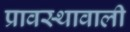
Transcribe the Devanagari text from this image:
प्रावस्थावाली